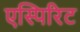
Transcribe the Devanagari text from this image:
एस्पिरिट